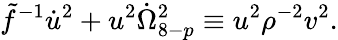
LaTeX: \tilde{f}^{-1}\dot{u}^{2}+u^{2}\dot{\Omega}_{8-p}^{2}\equiv u^{2}{\rho}^{-2}v^{2}.